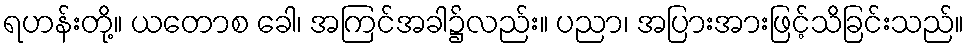
ရဟန်းတို့။ ယတောစ ခေါ၊ အကြင်အခါ၌လည်း။ ပညာ၊ အပြားအားဖြင့်သိခြင်းသည်။